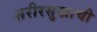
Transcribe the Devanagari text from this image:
शरीरसुखाची